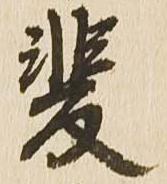
斐